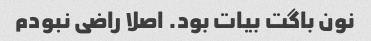
نون باگت بیات بود. اصلا راضی نبودم